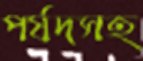
পর্ষদসহ